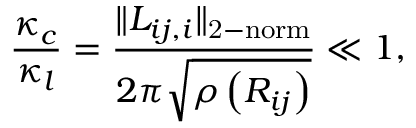
\frac { \kappa _ { c } } { \kappa _ { l } } = \frac { \| L _ { i j , i } \| _ { \mathrm { 2 - n o r m } } } { 2 \pi \sqrt { \rho \left( R _ { i j } \right) } } \ll 1 ,